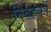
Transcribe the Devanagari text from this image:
निदेह्कों